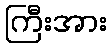
ကြီးအား